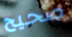
صحيح